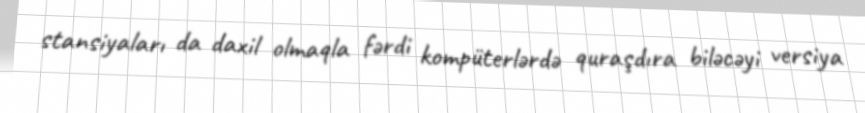
stansiyaları da daxil olmaqla fərdi kompüterlərdə quraşdıra biləcəyi versiya